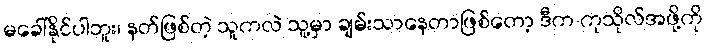
မခေါ်နိုင်ပါဘူး၊ နတ်ဖြစ်တဲ့ သူကလဲ သူ့မှာ ချမ်းသာနေတာဖြစ်တော့ ဒီက ကုသိုလ်အဖို့ကို